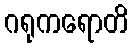
ဂရုကရောတိ